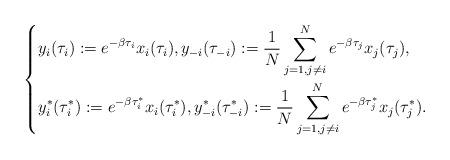
LaTeX: \begin{align*}\left\{\begin{aligned}&y_i(\tau_i):=e^{-\beta\tau_i}x_i(\tau_i), y_{-i}(\tau_{-i}):=\frac{1}{N}\sum\limits_{j=1,j\neq i}^Ne^{-\beta\tau_j}x_j(\tau_j),\\&y_i^{*}(\tau_i^{*}):=e^{-\beta\tau_i^{*}}x_i(\tau_i^{*}), y_{-i}^{*}(\tau_{-i}^{*}):=\frac{1}{N}\sum\limits_{j=1,j\neq i}^Ne^{-\beta\tau_j^{*}}x_j(\tau_j^{*}).\end{aligned}\right.\end{align*}